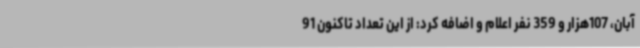
آبان، 107هزار و 359 نفر اعلام و اضافه کرد: از این تعداد تاکنون 91